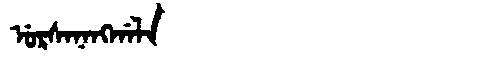
Manchu: ᡠᡵᠰᠠᠨᠠᠩᡤᠠᠯᠠ
Romanization: URSANANGGALA